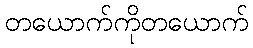
တယောက်ကိုတယောက်